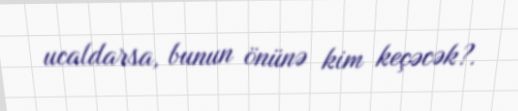
ucaldarsa, bunun önünə kim keçəcək?.